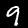
Digit: 9